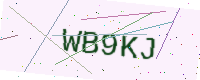
Text: WB9KJ